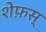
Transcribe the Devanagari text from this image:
शेफ़स्